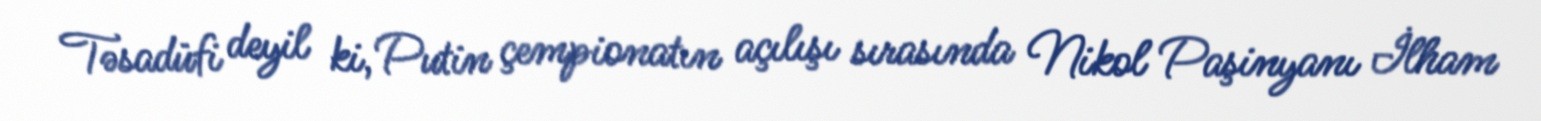
Təsadüfi deyil ki, Putin çempionatın açılışı sırasında Nikol Paşinyanı İlham